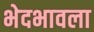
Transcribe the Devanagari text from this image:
भेदभावला